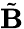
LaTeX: \tilde{\mathbf B}